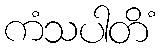
ကံသပါတိံ